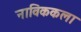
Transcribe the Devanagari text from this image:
नाविककला